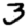
Digit: 3